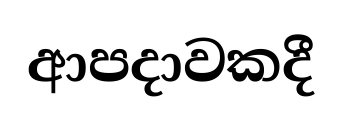
ආපදාවකදී